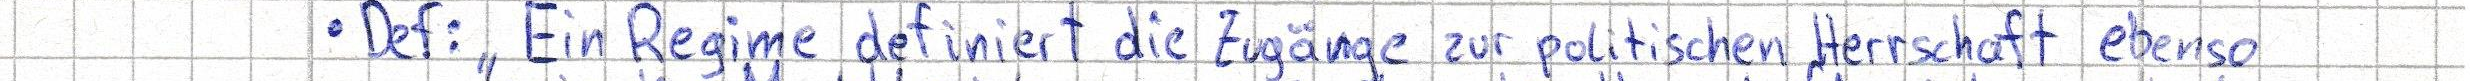
- Def: "Ein Regime definiert die Zugänge zur politischen Herrschaft ebenso